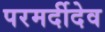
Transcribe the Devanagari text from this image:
परमर्दीदेव